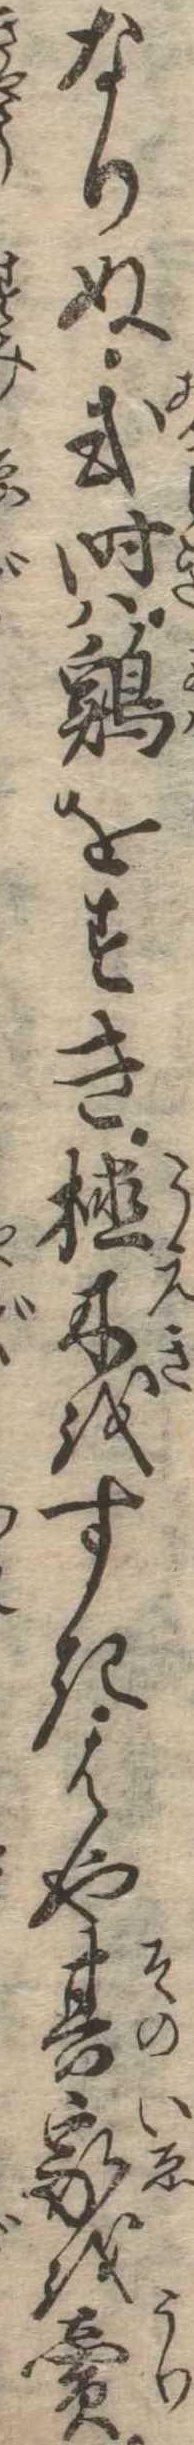
なりぬ或時は鶏をすき植木をすきはや其家を売